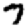
Digit: 7